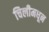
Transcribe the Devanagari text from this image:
चिलीमधून